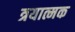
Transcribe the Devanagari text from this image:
त्रयात्मक